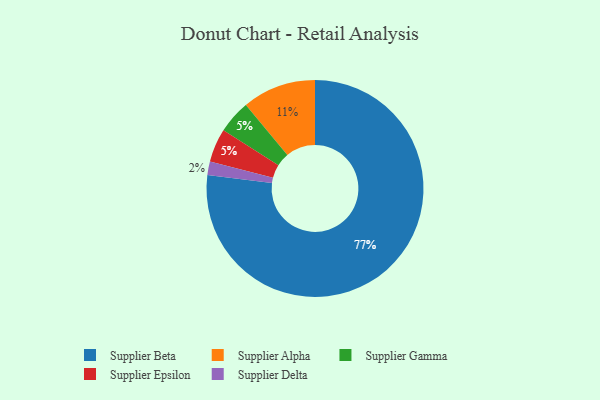
{"axis": {"x": "Category", "y": "Percentage"}, "legend": ["Supplier Alpha", "Supplier Beta", "Supplier Delta", "Supplier Epsilon", "Supplier Gamma"], "data": [{"x": "Supplier Gamma", "y": 5, "type": "Supplier Gamma"}, {"x": "Supplier Beta", "y": 77, "type": "Supplier Beta"}, {"x": "Supplier Alpha", "y": 11, "type": "Supplier Alpha"}, {"x": "Supplier Epsilon", "y": 5, "type": "Supplier Epsilon"}, {"x": "Supplier Delta", "y": 2, "type": "Supplier Delta"}]}